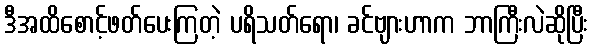
ဒီအထိစောင့်ဖတ်ပေးကြတဲ့ ပရိသတ်ရော၊ ခင်ဗျားဟာက ဘာကြီးလဲဆိုပြီး